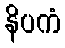
နိပကံ